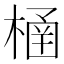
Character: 㮭